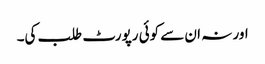
اور نہ ان سے کوئی رپورٹ طلب کی۔